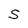
Character: S